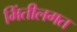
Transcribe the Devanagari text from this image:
भिंतीलगत